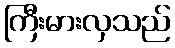
ကြီးမားလှသည်